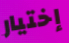
إختيار